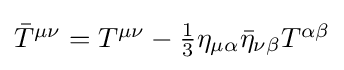
{\textstyle {\bar {T}}^{\mu \nu }=T^{\mu \nu }-{\tfrac {1}{3}}\eta _{\mu \alpha }{\bar {\eta }}_{\nu \beta }T^{\alpha \beta }}